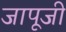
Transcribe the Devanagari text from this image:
जापूजी